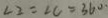
\angle 2 = \angle C = 3 6 0 ^ { \circ }